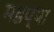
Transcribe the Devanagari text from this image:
मडप्पा